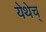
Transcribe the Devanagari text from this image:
येथेच्